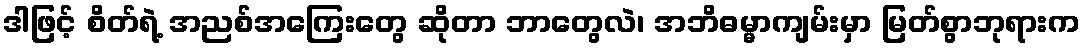
ဒါဖြင့် စိတ်ရဲ့ အညစ်အကြေးတွေ ဆိုတာ ဘာတွေလဲ၊ အဘိဓမ္မာကျမ်းမှာ မြတ်စွာဘုရားက